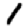
Digit: 1